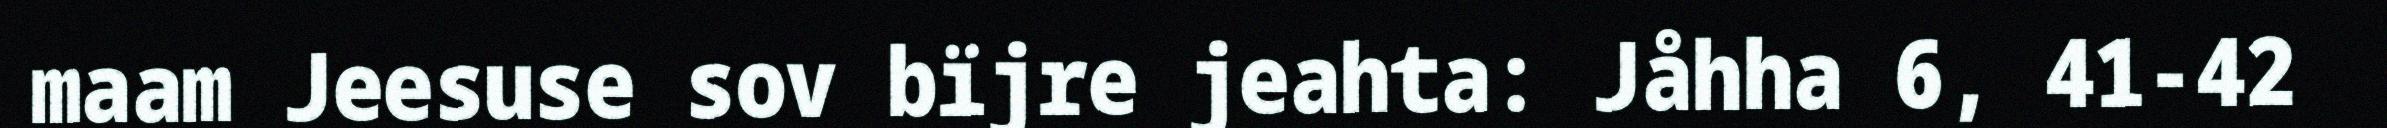
maam Jeesuse sov bïjre jeahta: Jåhha 6, 41-42